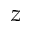
_ z